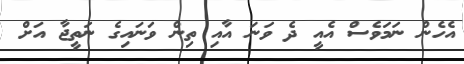
އެހެން ނަމަވެސް އެއީ ދެ ވަނަ އާއި ތިން ވަނައިގެ ނަތީޖާ އަށް